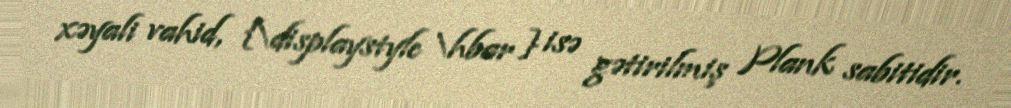
xəyali vahid, {\displaystyle \hbar } isə gətirilmiş Plank sabitidir.